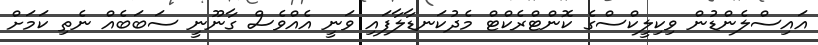
އައިސްލެންޑުން ވިކިލީކްސްގެ ކޮންޓްރެކްޓް މެދުކަނޑާލާފައި ވަނީ އެއްވެސް ގާނޫނީ ސަބަބެއް ނެތި ކަމަށް